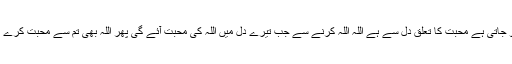
جواب:محبت کی نہیں جاتی بلکہ ہو جاتی ہے محبت کا تعلق دل سے ہے اللہ اللہ کرنے سے جب تیرے دل میں اللہ کی محبت آئے گی پھر اللہ بھی تم سے محبت کرے گا سب مذاہب کا انجام تو یہی ہے ۔